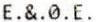
E.&.0.E.